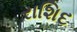
રાશિદ